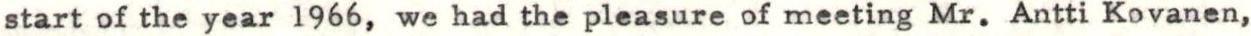
start of the year 1966, we had the pleasure of meeting Mr. Antti Kovanen,